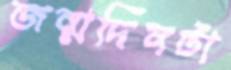
জন্মদিনটা